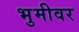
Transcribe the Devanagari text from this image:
भुमीवर